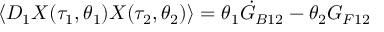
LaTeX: \langle D _ { 1 } X ( \tau _ { 1 } , \theta _ { 1 } ) X ( \tau _ { 2 } , \theta _ { 2 } ) \rangle = \theta _ { 1 } \dot { \cal G } _ { B 1 2 } - \theta _ { 2 } { \cal G } _ { F 1 2 }